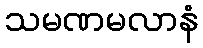
သမဏမလာနံ